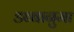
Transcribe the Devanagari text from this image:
डब्बानुमा